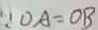
\because O A = O B